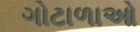
ગોટાળાઓ